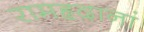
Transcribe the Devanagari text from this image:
रामहृदानां